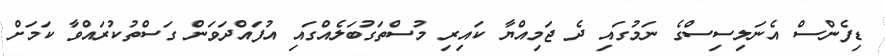
ޑިފެންސް އެނަލިސިސްގެ ނަމުގައި ދެ ޖަމިއްޔާ ކައިރި މުސްތަގުބަލެއްގައި އުފައްދަވަން ގަސްތުކުރައްވާ ކަމަށް